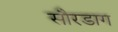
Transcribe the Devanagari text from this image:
सौरडाग